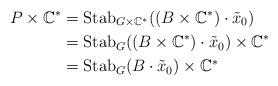
LaTeX: \begin{align*}P\times \mathbb{C}^* & = \mathrm{Stab}_{G\times \mathbb{C}^*}((B\times \mathbb{C}^*)\cdot \tilde{x}_0) \\ & = \mathrm{Stab}_{G}((B\times \mathbb{C}^*)\cdot \tilde{x}_0) \times \mathbb{C}^* \\ & = \mathrm{Stab}_{G}(B\cdot \tilde{x}_0) \times \mathbb{C}^* \end{align*}